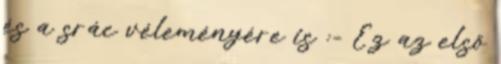
és a srác véleményére is :- Ez az első